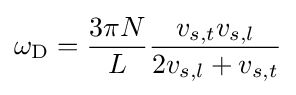
\omega _{\rm {D}}={\frac {3\pi N}{L}}{\frac {v_{s,t}v_{s,l}}{2v_{s,l}+v_{s,t}}}